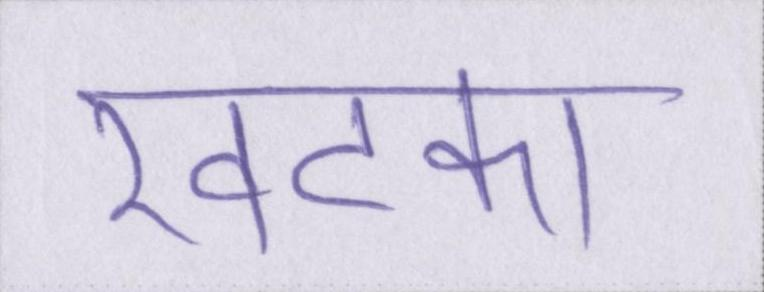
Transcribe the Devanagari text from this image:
खटका